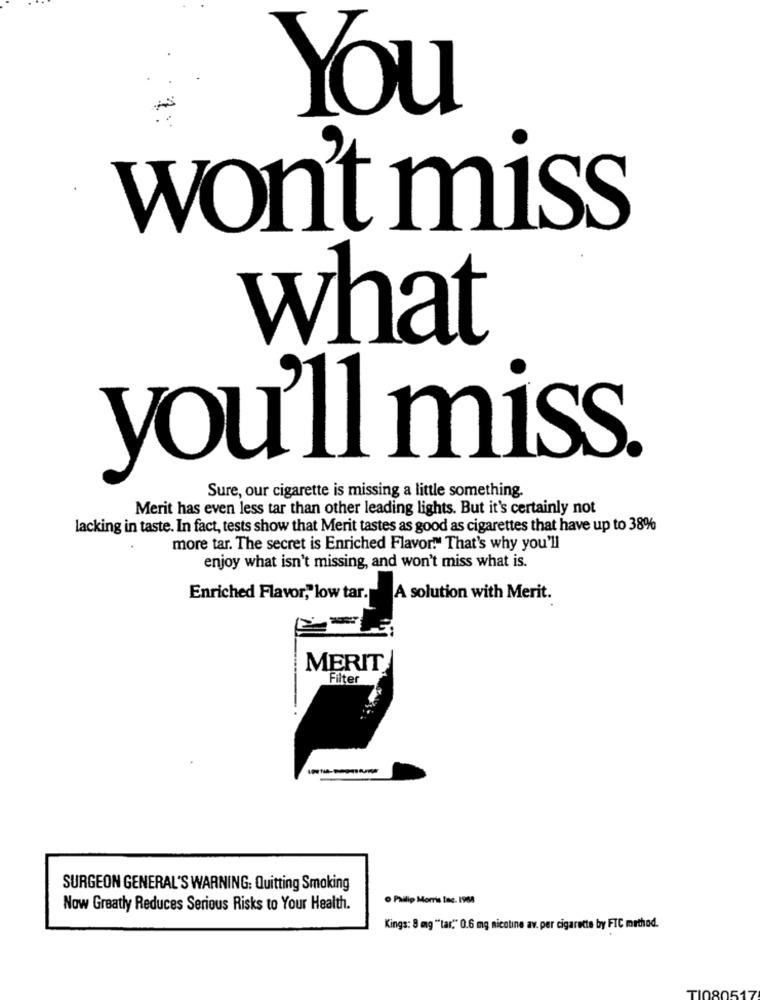
You
won't miss
what
you'll miss.
Sure, our cigarette is missing a little something.
Merit has even less tar than other leading lights. But it's certainly not
lacking in taste. In fact, tests show that Merit tastes as good as cigarettes that have up to 38%
more tar. The secret is Enriched Flavor." That's why you'll
enjoy what isn't missing, and won't miss what is.
Enriched Flavor," low tar. A solution with Merit.
MERIT
Filter
SURGEON GENERAL'S WARNING: Quitting Smoking
Philip Morris lac. 1968
Now Greatly Reduces Serious Risks to Your Health.
Kings: 8 mg ""tar." 0.6 mg nicotine av. per cigarette by FTC method.
TI080